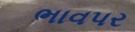
ભાવપર